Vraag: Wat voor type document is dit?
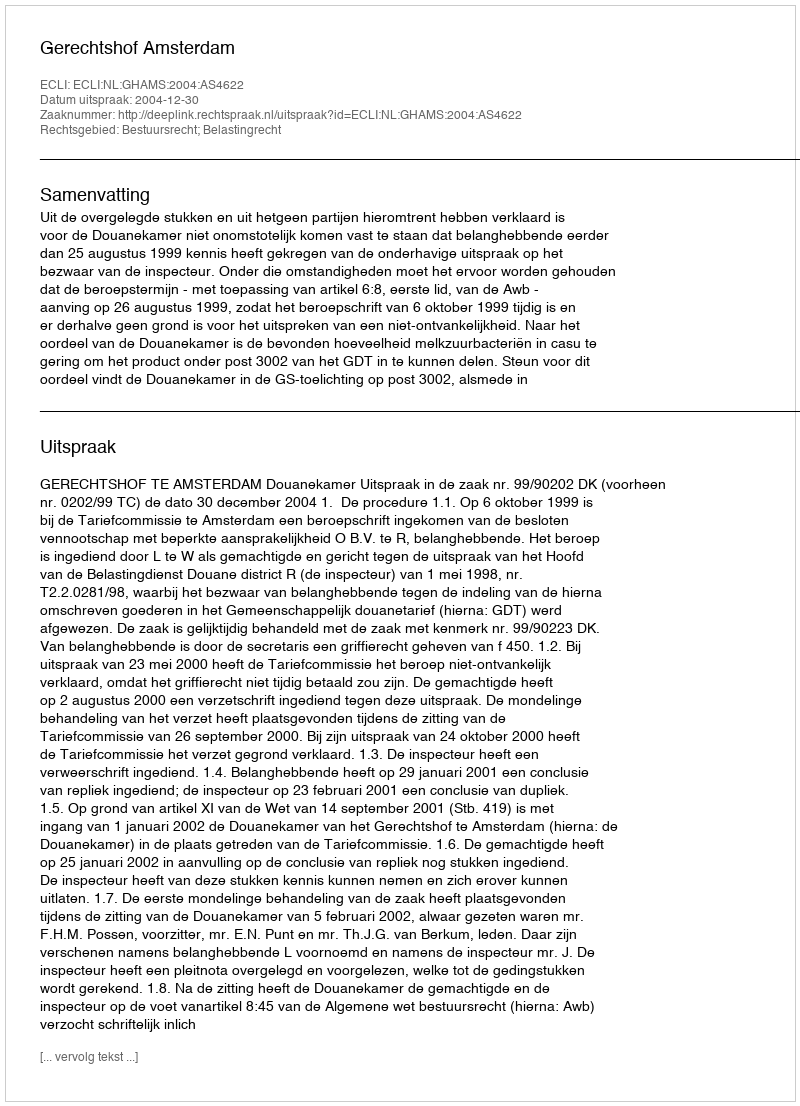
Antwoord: Uitspraak